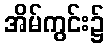
အိမ်ကွင်း၌